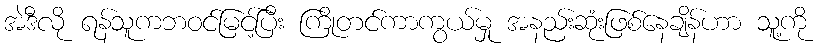
အဲဒီလို ရန်သူကဘဝင်မြင့်ပြီး ကြိုတင်ကာကွယ်မှု အနည်းဆုံးဖြစ်နေချိန်ဟာ သူ့ကို